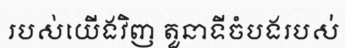
របស់យើងវិញ តួនាទីចំបងរបស់